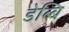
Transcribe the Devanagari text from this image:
डेब्बि